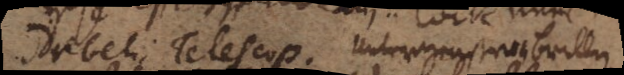
Drebelii Telescop. Unter vergroßernbrillen